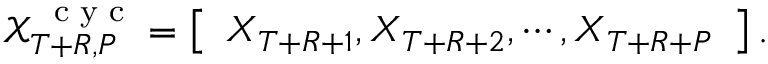
\mathscr X _ { T + R , P } ^ { \mathrm { ~ \scriptsize ~ c ~ y ~ c ~ } } = \left[ \begin{array} { l } { { \boldsymbol X } _ { T + R + 1 } , \boldsymbol X _ { T + R + 2 } , \cdots , \boldsymbol X _ { T + R + P } } \end{array} \right] .